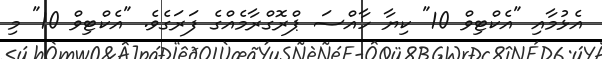
އެޅުމާއި "އެކްޓިވް 10" ކިޔާ ހާއްސަ ޕްރޮގްރާމެއްގެ ފަރަގެވެ. "އެކްޓިވް 10" މި